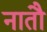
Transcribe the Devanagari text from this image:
नातौ